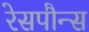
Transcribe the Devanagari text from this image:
रेसपौन्स